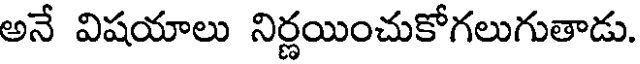
అనే విషయాలు నిర్ణయించుకోగలుగుతాడు.